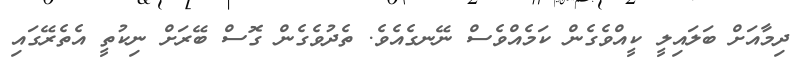
ދިމާއަށް ބަލައިލީ ކީއްވެގެން ކަމެއްވެސް ނޭނގެއެވެ. ތެދުވެގެން ގޮސް ބޭރަށް ނިކުތީ އެތެރޭގައި